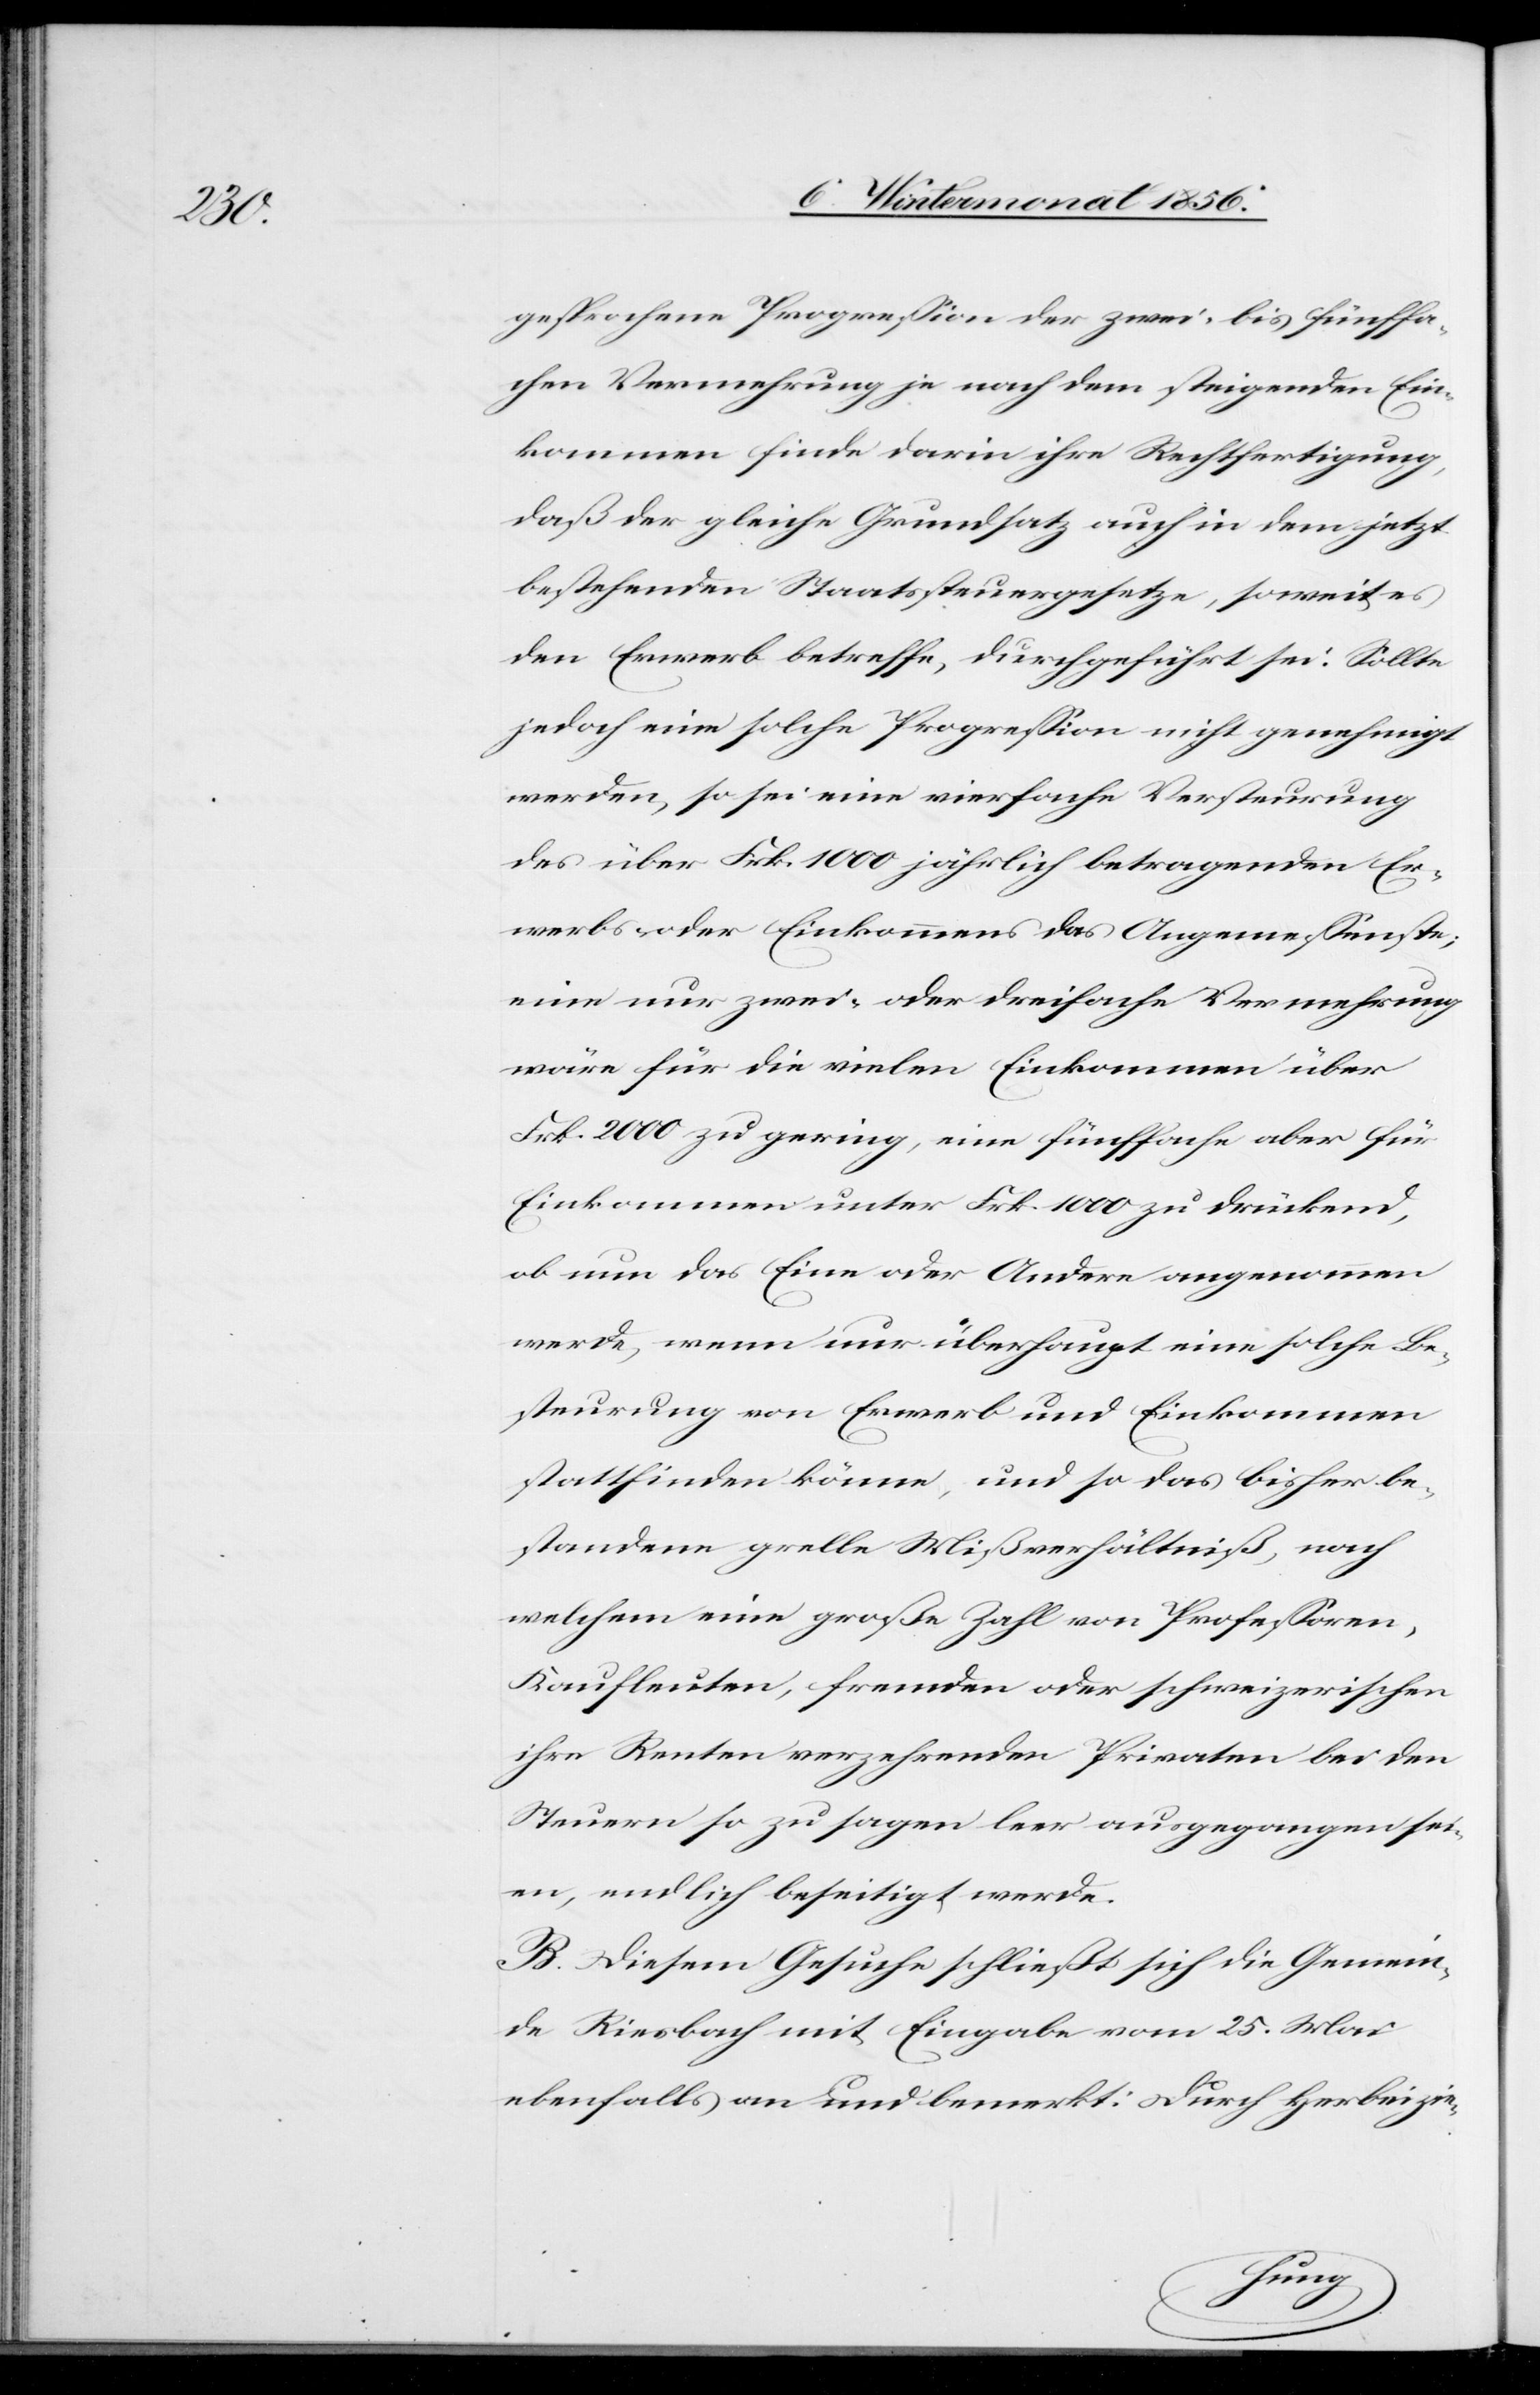
gesprochene Progression der zwei- bis fünffa¬
chen Vermehrung je nach dem steigenden Ein¬
kommen finde darin ihre Rechtfertigung,
daß der gleiche Grundsatz auch in dem jetzt
bestehenden Staatssteuergesetze, soweit es
den Erwerb betreffe, durchgeführt sei. Sollte
jedoch eine solche Progression nicht genehmigt
werden, so sei eine vierfache Versteurung
des über Frk. 1000 jährlich betragenden Er¬
werbs oder Einkommens das Angemessenste;
eine nur zwei- oder dreifache Vermehrung
wäre für die vielen Einkommen über
Frk. 2000 zu gering, eine fünffache aber für
Einkommen unter Frk. 1000 zu drückend;
ob nun das Eine oder Andere angenommen
werde, wenn nur überhaupt eine solche Be¬
steurung von Erwerb und Einkommen
stattfinden könne, und so das bisher be¬
standene grelle Mißverhältniß, nach
welchem eine große Zahl von Professoren,
Kaufleuten, fremden oder schweizerischen
ihre Renten verzehrenden Privaten bei den
Steuern so zu sagen leer ausgegangen sei¬
en, endlich beseitigt werde.
B. Diesem Gesuche schließt sich die Gemein¬
de Riesbach mit Eingabe vom 25. Mai
ebenfalls an und bemerkt: Durch Herbeizie-